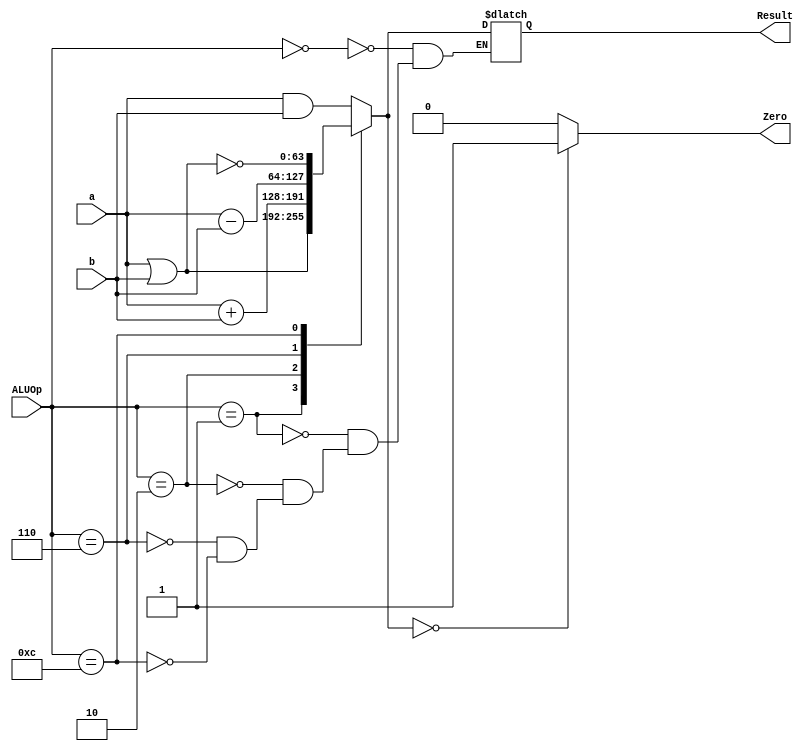
module ALU_64_bit
  (
  input [63:0] a,
  input [63:0] b,
  input [3:0] ALUOp,
  output reg [63:0] Result,
  output reg Zero
  );
  
  always @(a or b or ALUOp)
    begin
       case (ALUOp[3:0])
          4'b0000 :       
           Result = a & b;   //  Logical and
           
          4'b0001 : 
            Result = a | b;   //  Logical or
          4'b0010 :
            Result =  a + b ; // addition
            
          4'b0110 : 
            Result = a - b ; //Subtraction
            
          4'b1100 : 
            Result = ~(a | b); //  Logical nor
      endcase         
    
        if (Result == 64'h0)
          Zero <= 1'b1; 
        else 
          Zero <= 1'b0; 
      end
endmodule